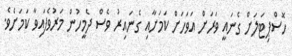
ހޮސްޕިޓަލަށް ގެނައީ ވަރަށް އަވަހަށް ކަމަށާއި ގެނައިރު ވެސް ދެމީހުން މަރުވެފައިވާ ކަމަށެވެ.